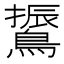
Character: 䳲